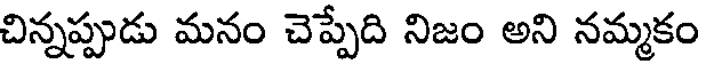
చిన్నప్పుడు మనం చెప్పేది నిజం అని నమ్మకం